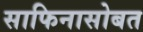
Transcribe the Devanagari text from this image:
साफिनासोबत